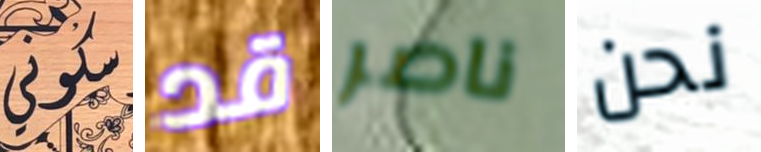
سكوني قد ناصر نحن